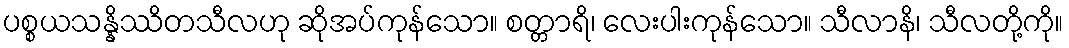
ပစ္စယသန္နိဿိတသီလဟု ဆိုအပ်ကုန်သော။ စတ္တာရိ၊ လေးပါးကုန်သော။ သီလာနိ၊ သီလတို့ကို။